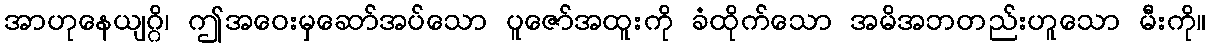
အာဟုနေယျဂ္ဂိ၊ ဤအဝေးမှဆော်အပ်သော ပူဇော်အထူးကို ခံထိုက်သော အမိအဘတည်းဟူသော မီးကို။